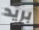
بريد